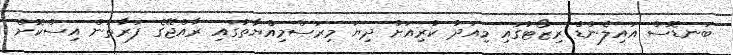
ބަނޑޮސް އައިލެންޑް ރިޒޯޓުގައި މިއަދު ކުރިއަށް ދިޔަ މިރަސްމިއްޔާތުގައި ރާއްޖޭގެ ފަރާތުން އިސްކޮށް